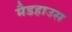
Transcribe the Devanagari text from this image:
मैडहाउस